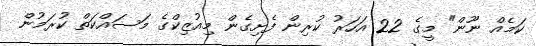
ކަމެއް ނޫން" މީގެ 22 އަހަރު ކުރިން ފެށިގެން މިއުޒިކްގެ މަސައްކަތް ކުރަމުން